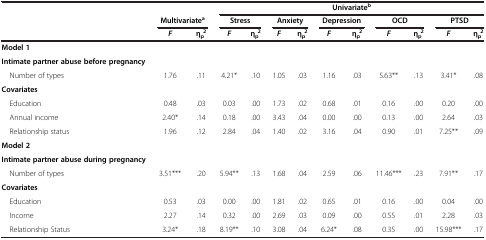
<table><thead><tr><td><b> </b></td><td colspan="2"><b> </b></td><td colspan="10"><b>Univariate<sup>b</sup></b></td></tr><tr><td><b> </b></td><td colspan="2"><b>Multivariate<sup>a</sup></b></td><td colspan="2"><b>Stress</b></td><td colspan="2"><b>Anxiety</b></td><td colspan="2"><b>Depression</b></td><td colspan="2"><b>OCD</b></td><td colspan="2"><b>PTSD</b></td></tr><tr><td><b> </b></td><td><b><i>F</i></b></td><td><b>η<sub>p</sub><sup>2</sup></b></td><td><b><i>F</i></b></td><td><b>η<sub>p</sub><sup>2</sup></b></td><td><b><i>F</i></b></td><td><b>η<sub>p</sub><sup>2</sup></b></td><td><b><i>F</i></b></td><td><b>η<sub>p</sub><sup>2</sup></b></td><td><b><i>F</i></b></td><td><b>η<sub>p</sub><sup>2</sup></b></td><td><b><i>F</i></b></td><td><b>η<sub>p</sub><sup>2</sup></b></td></tr></thead><tbody><tr><td><b>Model 1</b></td><td> </td><td> </td><td> </td><td> </td><td> </td><td> </td><td> </td><td> </td><td> </td><td> </td><td> </td><td> </td></tr><tr><td><b>Intimate partner abuse before pregnancy</b></td><td> </td><td> </td><td> </td><td> </td><td> </td><td> </td><td> </td><td> </td><td> </td><td> </td><td> </td><td> </td></tr><tr><td> Number of types</td><td>1.76</td><td>.11</td><td>4.21*</td><td>.10</td><td>1.05</td><td>.03</td><td>1.16</td><td>.03</td><td>5.63**</td><td>.13</td><td>3.41*</td><td>.08</td></tr><tr><td><b>Covariates</b></td><td> </td><td> </td><td> </td><td> </td><td> </td><td> </td><td> </td><td> </td><td> </td><td> </td><td> </td><td> </td></tr><tr><td> Education</td><td>0.48</td><td>.03</td><td>0.03</td><td>.00</td><td>1.73</td><td>.02</td><td>0.68</td><td>.01</td><td>0.16</td><td>.00</td><td>0.20</td><td>.00</td></tr><tr><td> Annual income</td><td>2.40*</td><td>.14</td><td>0.18</td><td>.00</td><td>3.43</td><td>.04</td><td>0.00</td><td>.00</td><td>0.13</td><td>.00</td><td>2.64</td><td>.03</td></tr><tr><td> Relationship status</td><td>1.96</td><td>.12</td><td>2.84</td><td>.04</td><td>1.40</td><td>.02</td><td>3.16</td><td>.04</td><td>0.90</td><td>.01</td><td>7.25**</td><td>.09</td></tr><tr><td><b>Model 2</b></td><td> </td><td> </td><td> </td><td> </td><td> </td><td> </td><td> </td><td> </td><td> </td><td> </td><td> </td><td> </td></tr><tr><td><b>Intimate partner abuse during pregnancy</b></td><td> </td><td> </td><td> </td><td> </td><td> </td><td> </td><td> </td><td> </td><td> </td><td> </td><td> </td><td> </td></tr><tr><td> Number of types</td><td>3.51***</td><td>.20</td><td>5.94**</td><td>.13</td><td>1.68</td><td>.04</td><td>2.59</td><td>.06</td><td>11.46***</td><td>.23</td><td>7.91**</td><td>.17</td></tr><tr><td><b>Covariates</b></td><td> </td><td> </td><td> </td><td> </td><td> </td><td> </td><td> </td><td> </td><td> </td><td> </td><td> </td><td> </td></tr><tr><td> Education</td><td>0.53</td><td>.03</td><td>0.00</td><td>.00</td><td>1.81</td><td>.02</td><td>0.65</td><td>.01</td><td>0.16</td><td>.00</td><td>0.04</td><td>.00</td></tr><tr><td> Income</td><td>2.27</td><td>.14</td><td>0.32</td><td>.00</td><td>2.69</td><td>.03</td><td>0.09</td><td>.00</td><td>0.55</td><td>.01</td><td>2.28</td><td>.03</td></tr><tr><td> Relationship Status</td><td>3.24*</td><td>.18</td><td>8.19**</td><td>.10</td><td>3.08</td><td>.04</td><td>6.24*</td><td>.08</td><td>0.35</td><td>.00</td><td>15.98***</td><td>.17</td></tr></tbody></table>